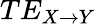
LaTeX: TE_{X\rightarrow Y}